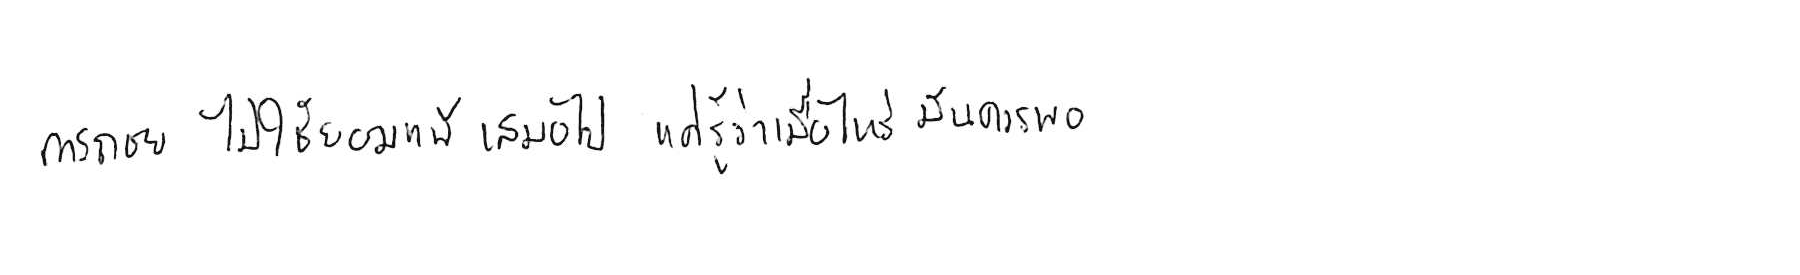
การถอย ไม่ใช่ยอมแพ้ เสมอไป แค่รู้ว่าเมื่อไหร่ มันควรพอ